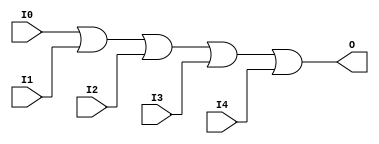
// $Header: /devl/xcs/repo/env/Databases/CAEInterfaces/verunilibs/data/unisims/OR5.v,v 1.5.158.1 2007/03/09 18:13:16 patrickp Exp $
///////////////////////////////////////////////////////////////////////////////
// Copyright (c) 1995/2004 Xilinx, Inc.
// All Right Reserved.
///////////////////////////////////////////////////////////////////////////////
//   ____  ____
//  /   /\/   /
// /___/  \  /    Vendor : Xilinx
// \   \   \/     Version : 8.1i (I.13)
//  \   \         Description : Xilinx Functional Simulation Library Component
//  /   /                  5-input OR Gate
// /___/   /\     Filename : OR5.v
// \   \  /  \    Timestamp : Thu Mar 25 16:43:31 PST 2004
//  \___\/\___\
//
// Revision:
//    03/23/04 - Initial version.
// End Revision

`timescale  100 ps / 10 ps


module OR5 (O, I0, I1, I2, I3, I4);

    output O;

    input  I0, I1, I2, I3, I4;

    or O1 (O, I0, I1, I2, I3, I4);


endmodule